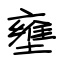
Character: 壅